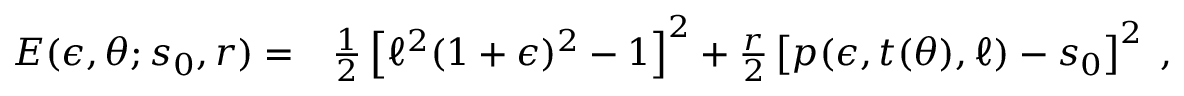
\begin{array} { r l } { E ( \epsilon , \theta ; s _ { 0 } , r ) = } & { { } \frac { 1 } { 2 } \left[ \ell ^ { 2 } ( 1 + \epsilon ) ^ { 2 } - 1 \right] ^ { 2 } + \frac { r } { 2 } \left[ p ( \epsilon , t ( \theta ) , \ell ) - s _ { 0 } \right] ^ { 2 } \; , } \end{array}